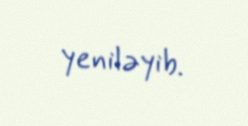
yeniləyib.